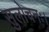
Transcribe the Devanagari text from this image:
सुलोचनः।